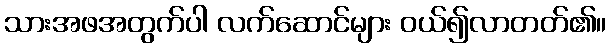
သားအဖအတွက်ပါ လက်ဆောင်များ ဝယ်၍လာတတ်၏။